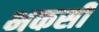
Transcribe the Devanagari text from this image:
भकसी